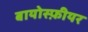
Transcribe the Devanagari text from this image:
बायोस्फ़ीयर